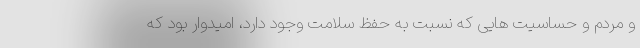
و مردم و حساسیت هایی که نسبت به حفظ سلامت وجود دارد، امیدوار بود که